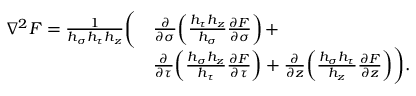
\begin{array} { r l } { \nabla ^ { 2 } F = \frac { 1 } { h _ { \sigma } h _ { \tau } h _ { z } } \bigg ( } & { \frac { \partial } { \partial \sigma } \! \left( \frac { h _ { \tau } h _ { z } } { h _ { \sigma } } \frac { \partial F } { \partial \sigma } \right) + } \\ & { \frac { \partial } { \partial \tau } \! \left( \frac { h _ { \sigma } h _ { z } } { h _ { \tau } } \frac { \partial F } { \partial \tau } \right) + \frac { \partial } { \partial z } \! \left( \frac { h _ { \sigma } h _ { \tau } } { h _ { z } } \frac { \partial F } { \partial z } \right) \! \bigg ) . } \end{array}